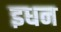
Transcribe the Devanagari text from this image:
इधन